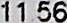
11.56